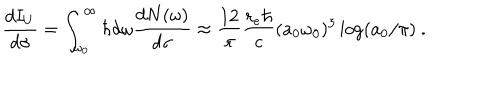
\frac { d I _ { U } } { d \sigma } = \int _ { \omega _ { 0 } } ^ { \infty } \hbar d \omega \frac { d N ( \omega ) } { d \sigma } \approx \frac { 1 2 } { \pi } \frac { r _ { e } \hbar } { c } ( a _ { 0 } \omega _ { 0 } ) ^ { 3 } \log ( a _ { 0 } / \pi ) ~ .